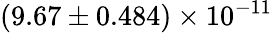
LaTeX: (9.67\pm 0.484)\times 10^{-11}